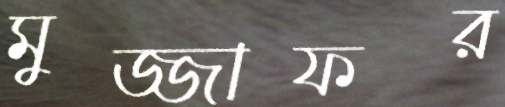
মুজ্জাফর